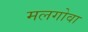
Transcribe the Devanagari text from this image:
मलगोवा